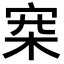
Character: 𣑄